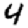
Digit: 4